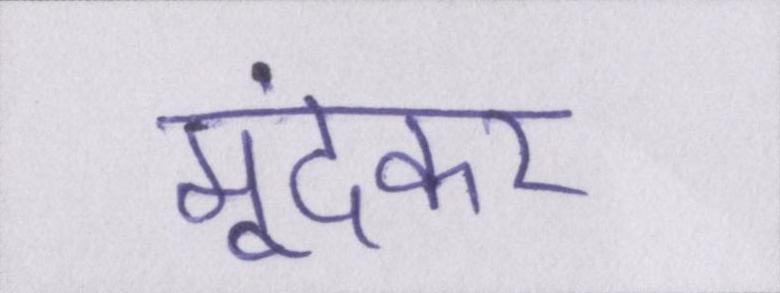
मूंदकर